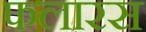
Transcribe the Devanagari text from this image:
फलारस